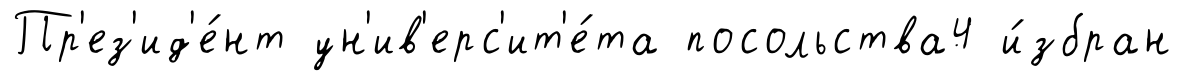
Пр'ез'ид'е́нт ун'ив'ерс'ит'е́та посольства4 и́збран